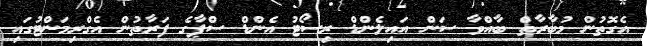
އެގޮތުން މުބާރާތް ބާއްވާ ސަން އައިލެންޑް ރިސޯޓު އެންޑް ސްޕާގެ ފަރާތުން އެގްރިމަންޓުގައި